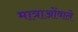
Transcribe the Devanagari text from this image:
मात्राओंवाले